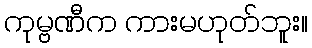
ကုမ္ဗဏီက ကားမဟုတ်ဘူး။